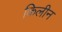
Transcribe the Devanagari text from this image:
किलीन